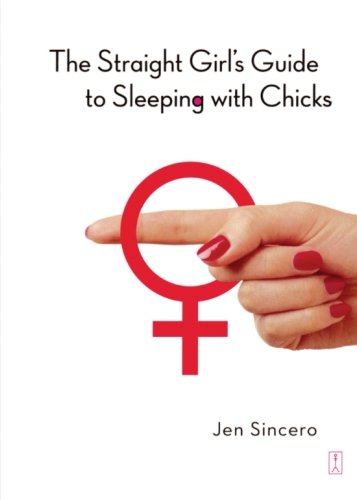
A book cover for The Straight Girl's Guide to Sleeping with Chicks; Jen Sincero; Humor & Entertainment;